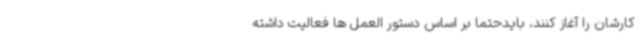
کارشان را آغاز کنند، بایدحتما بر اساس دستور العمل ها فعالیت داشته